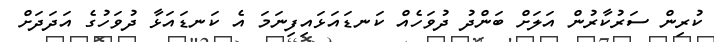
ކުރިން ސަރުކާރުން އަލަށް ބަންދު ދުވަހެއް ކަނޑައަޅައިފިނަމަ އެ ކަނޑައަޅާ ދުވަހުގެ އަދަދަށް